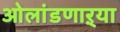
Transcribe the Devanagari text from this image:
ओलांडणाऱ्या